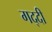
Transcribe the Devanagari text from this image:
गद्‍दी